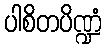
ပါစိတပိဏ္ဍံ